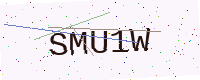
Text: SMU1W